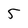
Character: 5